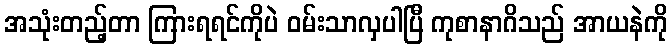
အသုံးတည့်တာ ကြားရရင်ကိုပဲ ဝမ်းသာလှပါပြီ ကုစာနာဂိသည် အာယနဲကို